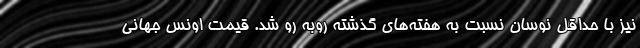
نیز با حداقل نوسان نسبت به هفته‌های گذشته روبه رو شد. قیمت اونس جهانی